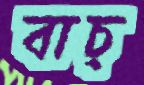
বাচ্